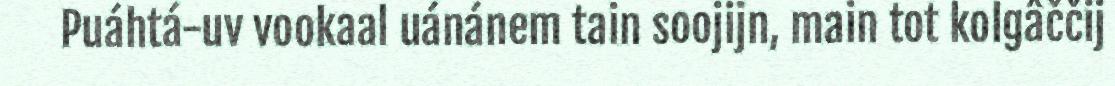
Puáhtá-uv vookaal uánánem tain soojijn, main tot kolgâččij